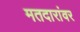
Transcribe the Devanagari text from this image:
मतदारांवर